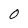
Character: 0